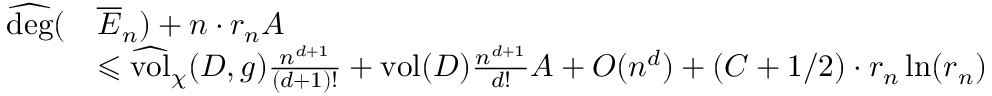
\begin{array} { r l } { \widehat { \mathrm { d e g } } ( } & { \overline { E } _ { n } ) + n \cdot r _ { n } A } \\ & { \leqslant \widehat { \mathrm { v o l } } _ { \chi } ( D , g ) \frac { n ^ { d + 1 } } { ( d + 1 ) ! } + \mathrm { v o l } ( D ) \frac { n ^ { d + 1 } } { d ! } A + O ( n ^ { d } ) + ( C + 1 / 2 ) \cdot r _ { n } \ln ( r _ { n } ) } \end{array}